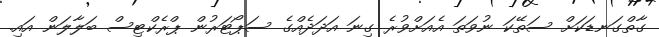
ގާތްގަނޑަކަށް ސަތޭކަ ނުވަތަ އެއަށްވުރެ ގިނަ އަދަދެއްގެ ސަޕޯޓަރުން ޕްރެކްޓިސް ބަލާލަން އައި.